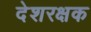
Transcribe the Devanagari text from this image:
देशरक्षक